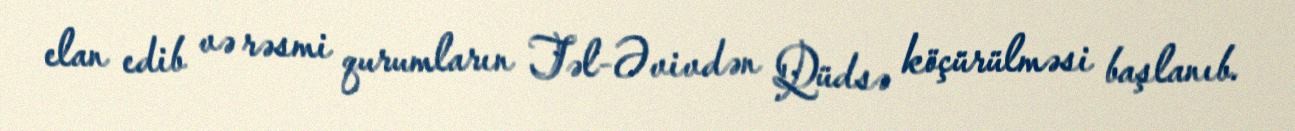
elan edib və rəsmi qurumların Təl-Əvivdən Qüdsə köçürülməsi başlanıb.